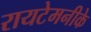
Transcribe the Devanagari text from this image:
रायटेमनीके